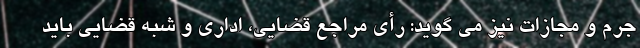
جرم و مجازات نیز می گوید: رأی مراجع قضایی، اداری و شبه قضایی باید